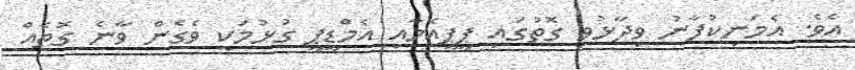
އެވެ. އެމަނިކުފާނު ވިދާޅުވި ގޮތުގައި ޕީޕީއެމާއި އެމްޑީޕީ ގުޅުމަކީ ވެގެން ވާނެ ގޮތެއް